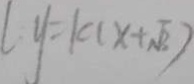
y = k ( x + \sqrt { 3 } )